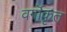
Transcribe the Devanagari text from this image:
वर्गॊकृत